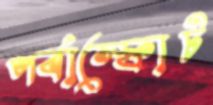
পর্বাস্ফোট